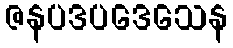
ဇနပဒပဒေသေန